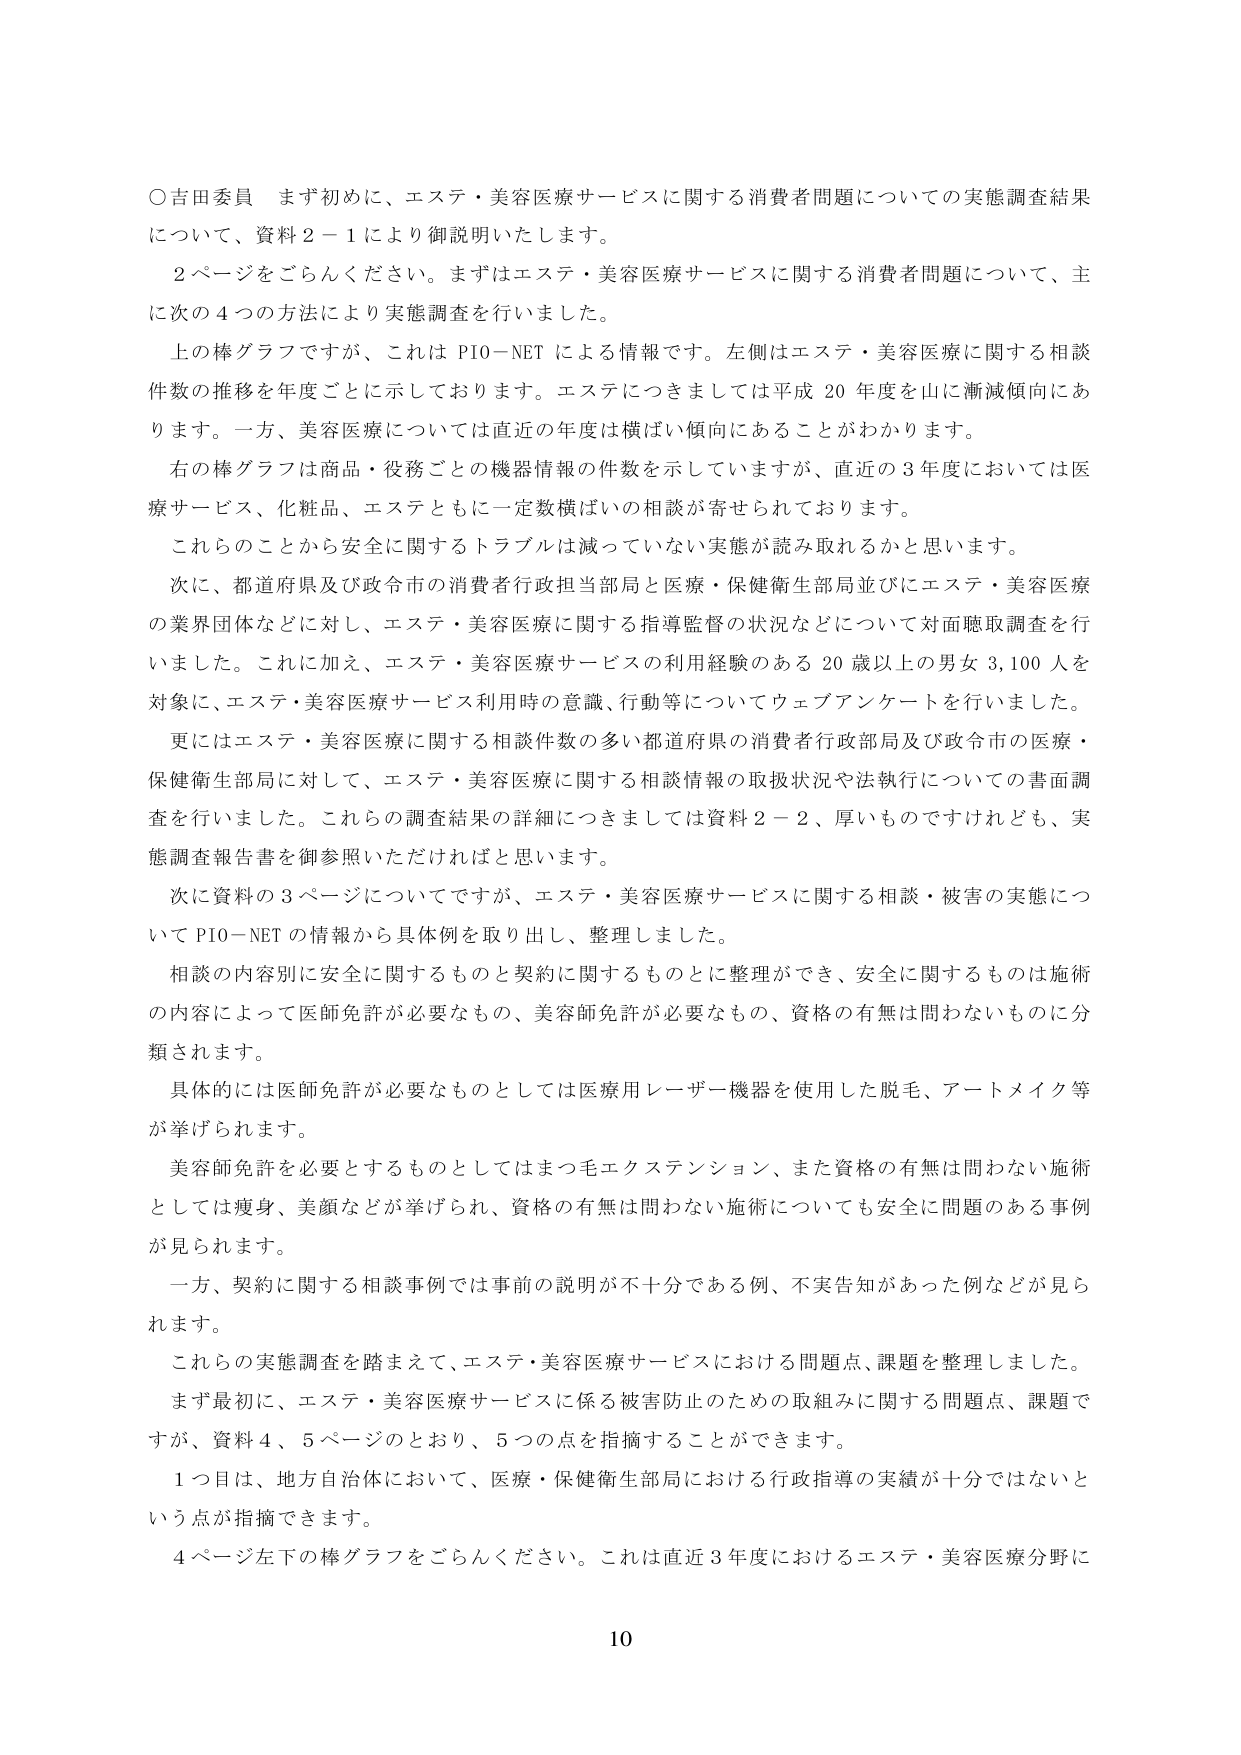
○吉田委員 まず最初に、エステ・美容医療サービスに関する消費者問題についての実態調査結果について、資料２－１により御説明いたします。

２ページをごらんください。まずはエステ・美容医療サービスに関する消費者問題について、主に次の４つの方法により実態調査を行いました。

上の棒グラフですが、これはPIO-NETによる情報です。左側はエステ・美容医療に関する相談件数の推移を年度ごとに示しております。エステにつきましては平成20年度を山に漸減傾向にあります。一方、美容医療については直近の年度は横ばい傾向にあることがわかります。

右の棒グラフは商品・役務ごとの機器情報の件数を示していますが、直近の３年度においては医療サービス、化粧品、エステともに一定数横ばいの相談が寄せられております。

これらのことから安全に関するトラブルは減っていない実態が読み取れるかと思います。

次に、都道府県及び政令市の消費者行政担当部局と医療・保健衛生部局並びにエステ・美容医療の業界団体などに対し、エステ・美容医療に関する指導監督の状況などについて対面聴取調査を行いました。これに加え、エステ・美容医療サービスの利用経験のある20歳以上の男女3,100人を対象に、エステ・美容医療サービス利用時の意識、行動等についてウェブアンケートを行いました。

更にはエステ・美容医療に関する相談件数の多い都道府県の消費者行政部局及び政令市の医療・保健衛生部局に対して、エステ・美容医療に関する相談情報の取扱状況や法執行についての書面調査を行いました。これらの調査結果の詳細につきましては資料２－２、厚いものではありますが、実態調査報告書を御参照いただければと思います。

次に資料の３ページについてですが、エステ・美容医療サービスに関する相談・被害の実態についてPIO-NETの情報から具体例を取り出し、整理しました。

相談の内容別に安全に関するものと契約に関するものとに整理ができ、安全に関するものは施術の内容によって医師免許が必要なもの、美容師免許が必要なもの、資格の有無は問わないものに分類されます。

具体的には医師免許が必要なものとしては医療用レーザー機器を使用した脱毛、アートメイク等が挙げられます。

美容師免許を必要とするものとしてはまつ毛エクステンション、また資格の有無は問わない施術としては痩身、美顔などが挙げられ、資格の有無は問わない施術についても安全に問題のある事例が見られます。

一方、契約に関する相談事例では事前の説明が不十分である例、不実告知があった例などが見られます。

これらの実態調査を踏まえて、エステ・美容医療サービスにおける問題点、課題を整理しました。

まず最初に、エステ・美容医療サービスに係る被害防止のための取組みに関する問題点、課題ですが、資料４、５ページのとおり、５つの点を指摘することができます。

１つ目は、地方自治体において、医療・保健衛生部局における行政指導の実績が十分ではないという点が指摘できます。

４ページ左下の棒グラフをごらんください。これは直近３年度におけるエステ・美容医療分野に

10